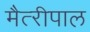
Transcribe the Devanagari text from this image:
मैत्‍रीपाल